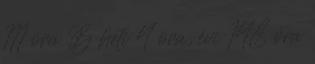
111 óra B heti 4 óra, évi 148 óra